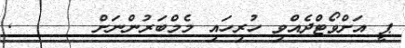
ޕީ އަށްވޯޓްދެއްވި ހުރިހައި މެމްބަރުންނަށް